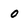
Character: o